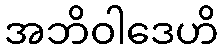
အဘိဝါဒေဟိ